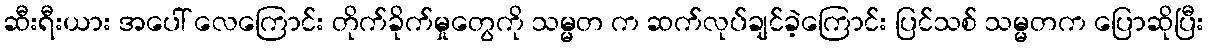
ဆီးရီးယား အပေါ် လေကြောင်း တိုက်ခိုက်မှုတွေကို သမ္မတ က ဆက်လုပ်ချင်ခဲ့ကြောင်း ပြင်သစ် သမ္မတက ပြောဆိုပြီး